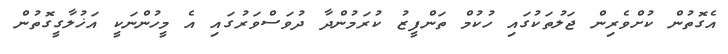
އެގޮތުން ކުށްވެރިން ޖަލުތަކުގައި ހުކުމް ތަންފީޒު ކުރަމުންދާ ދުވަސްވަރުގައި އެ މީހުންނަކީ އަޚުލާގީގޮތުން